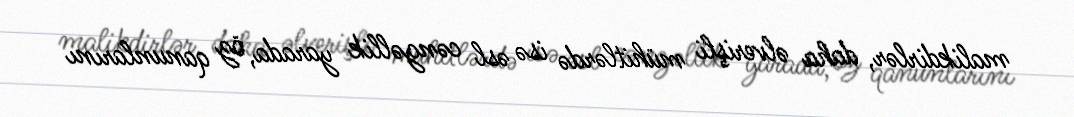
malikdirlər, daha əlverişli mühitlərdə isə əsl cəngəllik yarada, öz qanunlarını